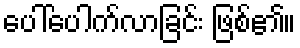
ပေါ်ပေါက်လာခြင်း ဖြစ်၏။